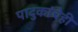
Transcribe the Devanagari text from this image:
पादुकांचेही